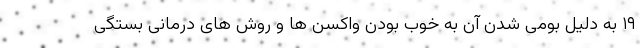
۱۹ به دلیل بومی شدن آن به خوب بودن واکسن ها و روش های درمانی بستگی